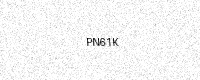
Text: PN61K